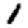
Digit: 1